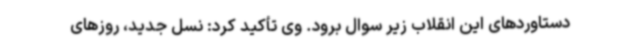
دستاوردهای این انقلاب زیر سوال برود. وی تأکید کرد: نسل جدید، روزهای